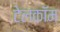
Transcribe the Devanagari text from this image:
टेलकॉम